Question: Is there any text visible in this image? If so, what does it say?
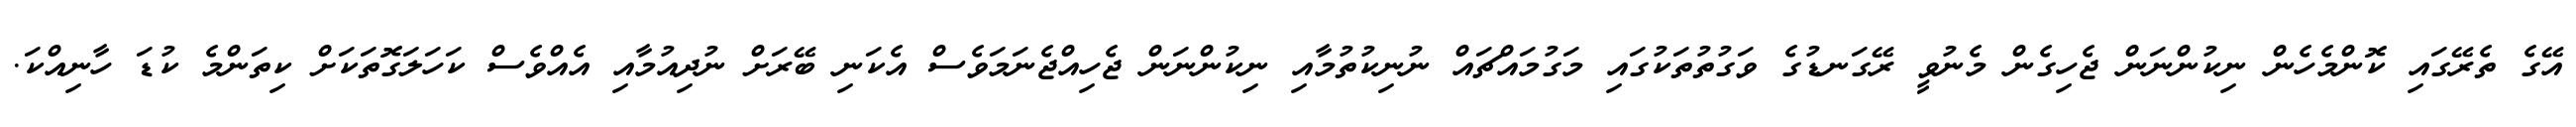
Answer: އޭގެ ތެރޭގައި ކޮންމެހެން ނިކުންނަން ޖެހިގެން މެނުވީ ރޭގަނޑުގެ ވަގުތުތަކުގައި މަގުމައްޗައް ނުނިކުތުމާއި ނިކުންނަން ޖެހިއްޖެނަމަވެސް އެކަނި ބޭރަށް ނުދިއުމާއި އެއްވެސް ކަހަލަގޮތަކަށް ކިތަންމެ ކުޑަ ހާނިއްކަ.